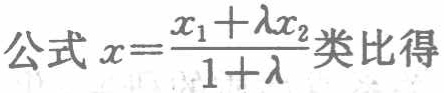
公式 \(x = \frac{x_1 + \lambda x_2}{1 + \lambda}\) 类比得